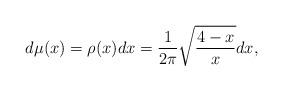
LaTeX: \begin{align*}d\mu(x) = \rho(x)dx = \frac{1}{2\pi} \sqrt{\frac{4-x}{x}} dx,\end{align*}